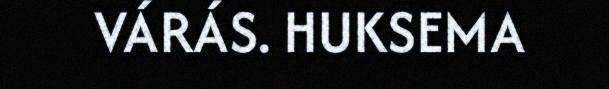
VÁRÁS. HUKSEMA